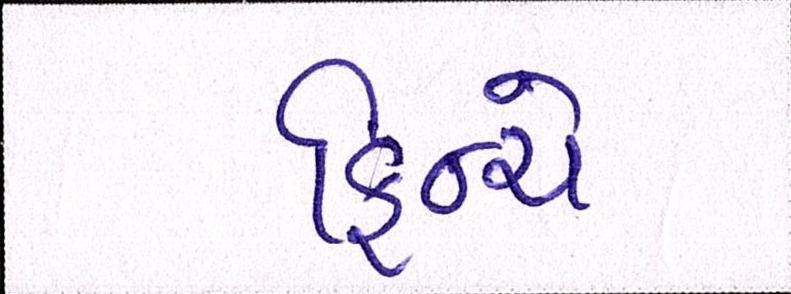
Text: ફિન્ચે